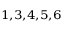
^ { 1 , 3 , 4 , 5 , 6 }